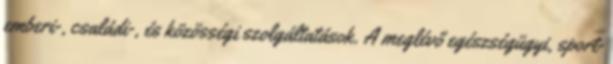
emberi-, családi-, és közösségi szolgáltatások. A meglévő egészségügyi, sport-